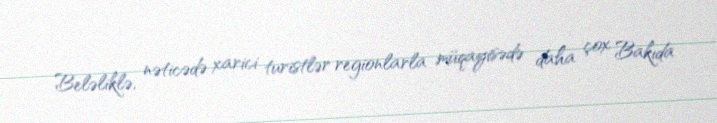
Beləliklə, nəticədə xarici turistlər regionlarla müqayisədə daha çox Bakıda